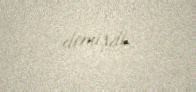
demişdi.